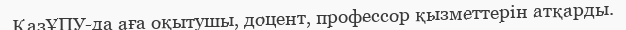
ҚазҰПУ-да аға оқытушы, доцент, профессор қызметтерін атқарды.